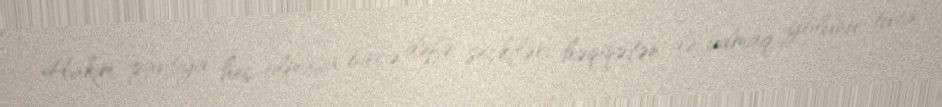
Hakim partiya heç olmasa bircə dəfə seçkiləri həqiqətən də udmaq yolunu tuta